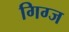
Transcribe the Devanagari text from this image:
गिग्ज